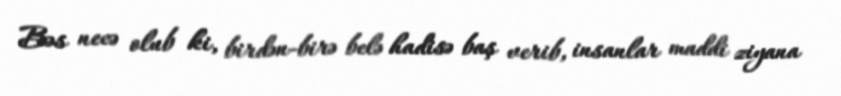
Bəs necə olub ki, birdən-birə belə hadisə baş verib, insanlar maddi ziyana